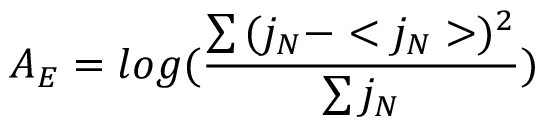
A _ { E } = l o g ( \frac { \sum { ( j _ { N } - < j _ { N } > ) ^ { 2 } } } { \sum { j _ { N } } } )